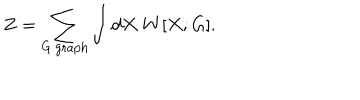
Z = \sum _ { G : \mathrm { g r a p h } } \int d X \ W [ X ; G ] .